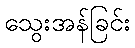
သွေးအန်ခြင်း